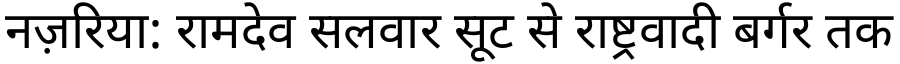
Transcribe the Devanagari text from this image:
नज़रिया: रामदेव सलवार सूट से राष्ट्रवादी बर्गर तक